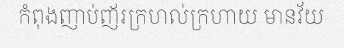
កំពុងញាប់ញ័រក្រហល់ក្រហាយ មានវ័យ